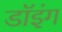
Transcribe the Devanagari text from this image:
डॉइंग